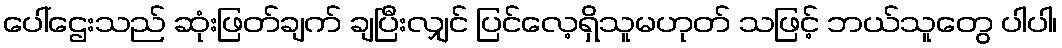
ပေါ်ဌေးသည် ဆုံးဖြတ်ချက် ချပြီးလျှင် ပြင်လေ့ရှိသူမဟုတ် သဖြင့် ဘယ်သူတွေ ပါပါ၊